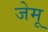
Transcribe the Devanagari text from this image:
जेमू